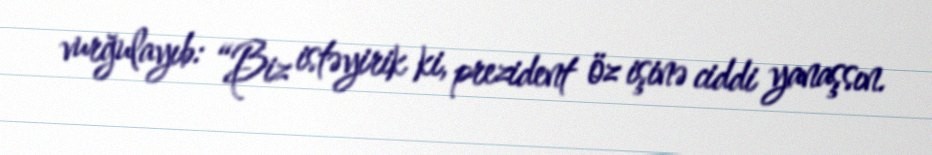
vurğulayıb: “Biz istəyirik ki, prezident öz işinə ciddi yanaşsın.